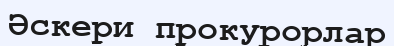
Әскери прокурорлар